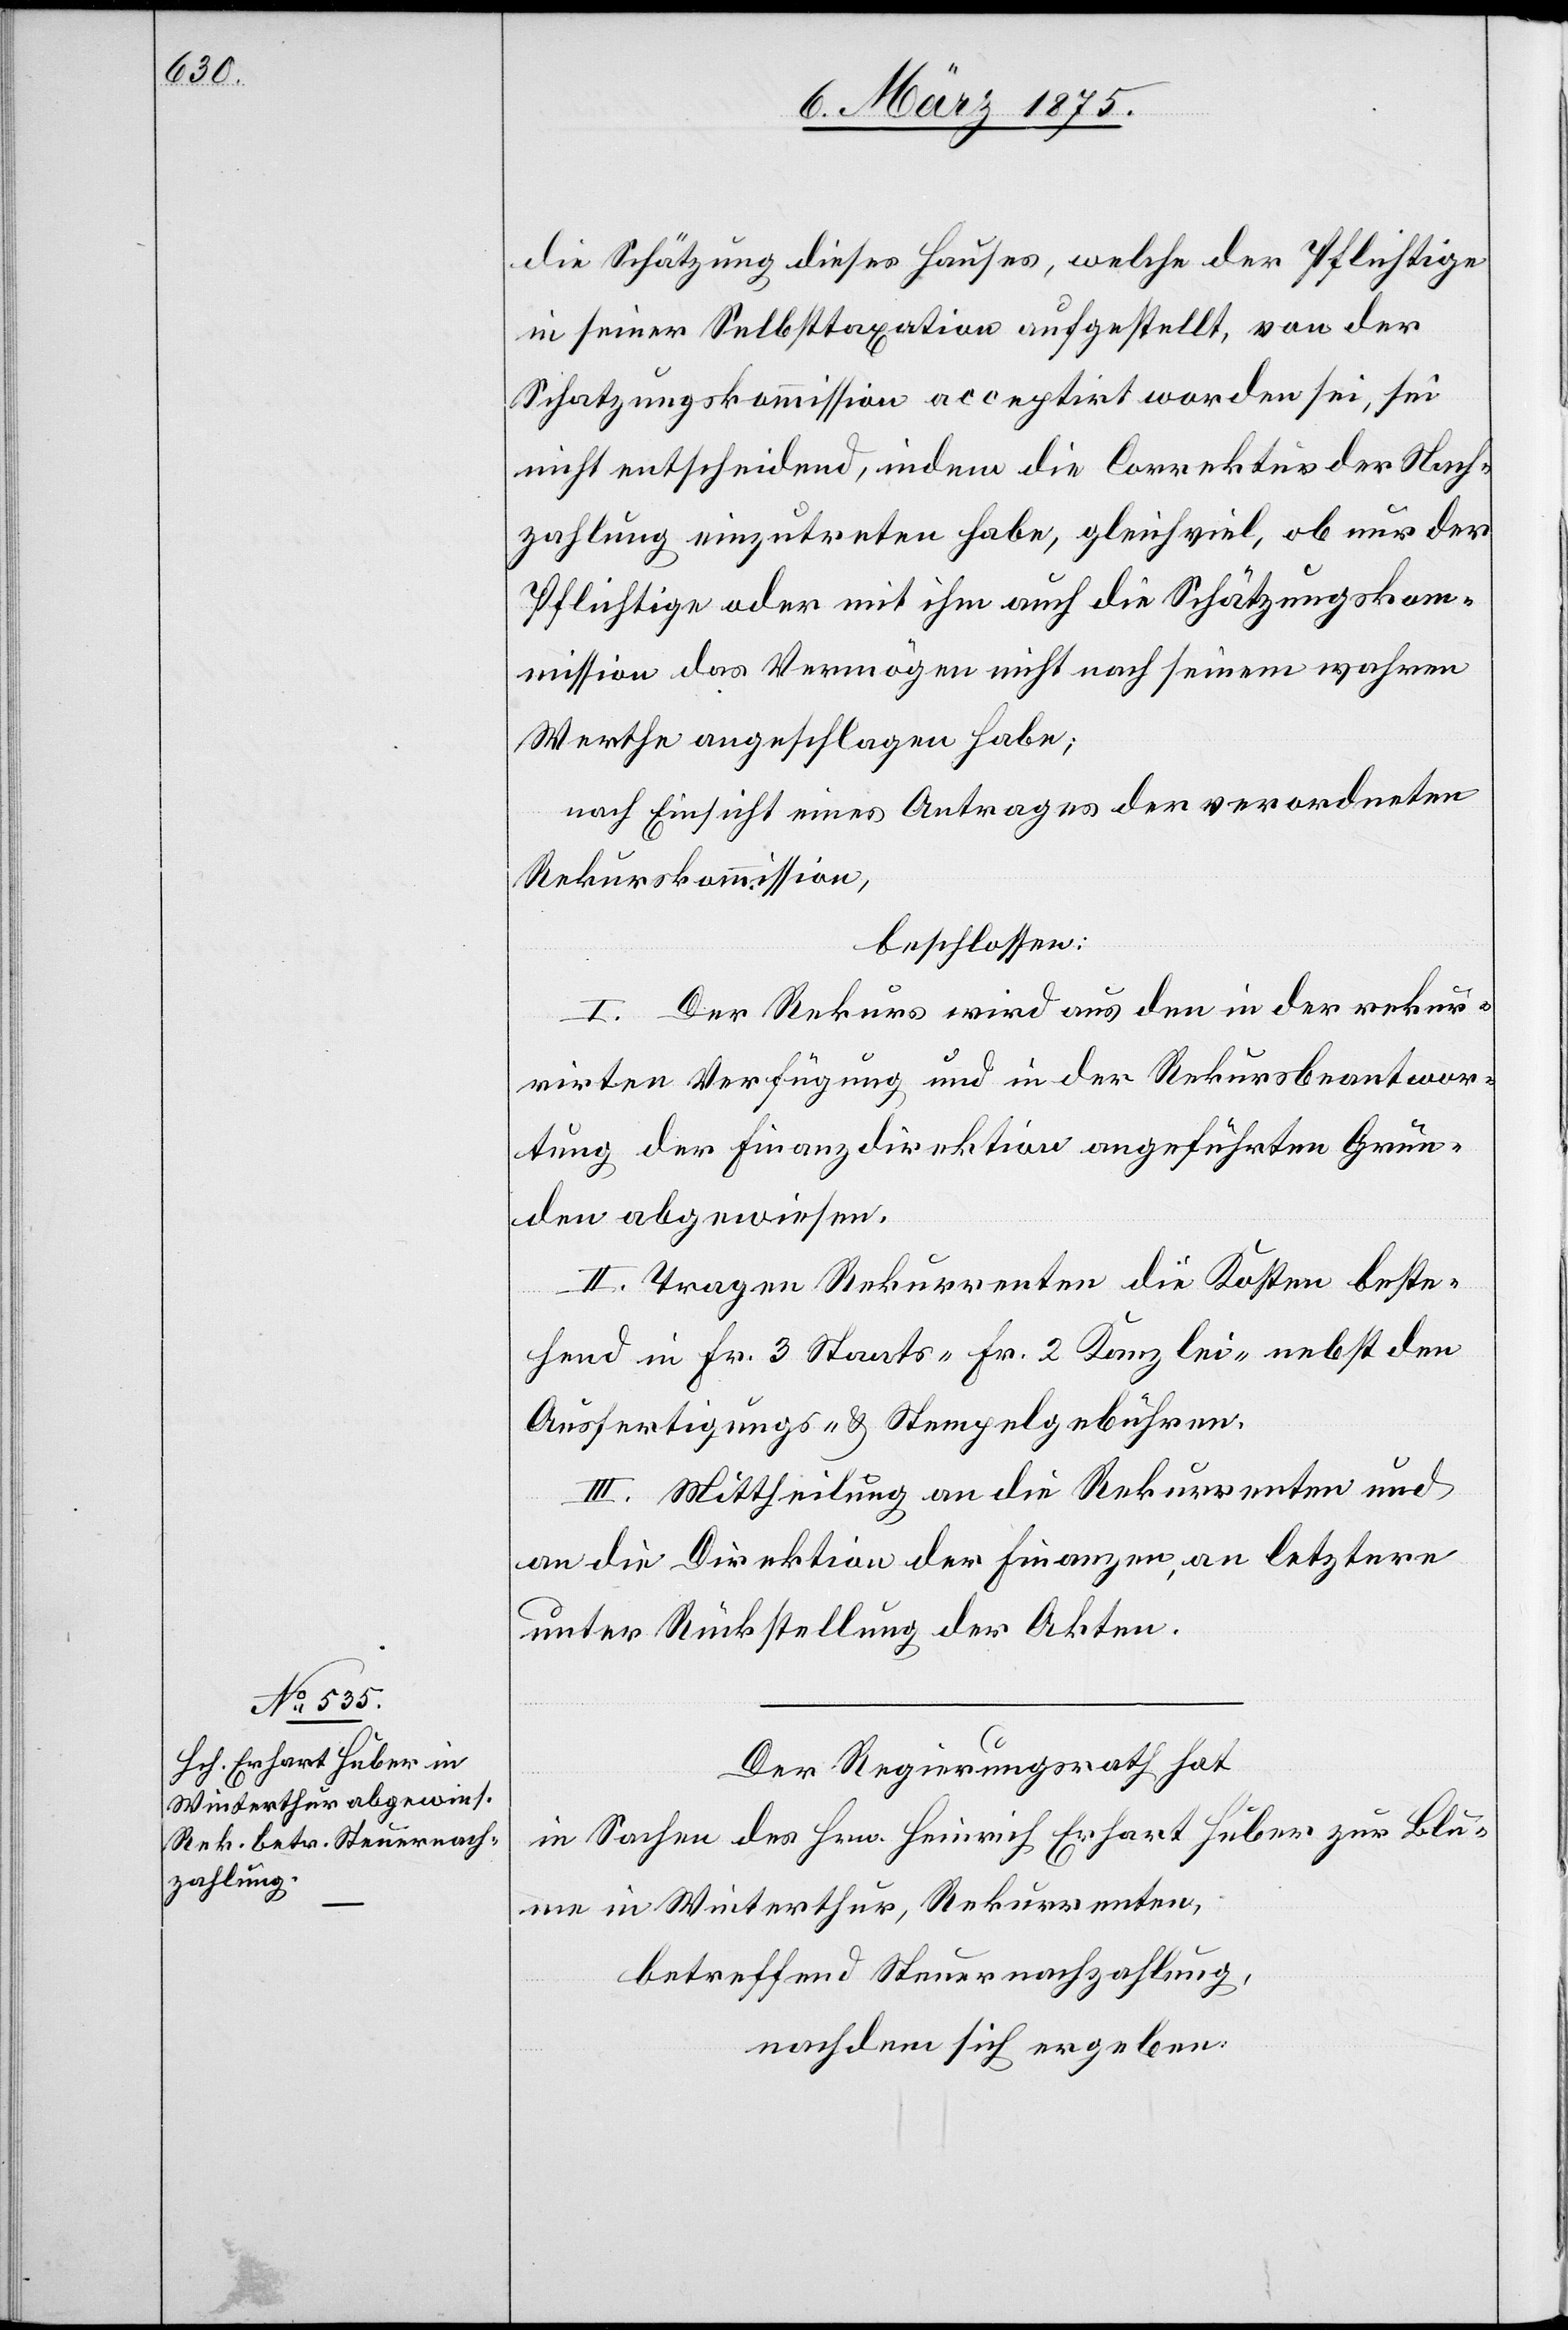
Schätzung dieses Hauses, welche der Pflichtige
in seiner Selbsttaxation aufgestellt, von der
Schatzungskommission acceptirt worden sei, sei
nicht entscheidend, indem die Correktur der Nach¬
zahlung einzutreten habe, gleich viel, ob nur der
Pflichtige oder mit ihm auch die Schätzungskom¬
mission das Vermögen nicht nach seinem wahren
Werthe angeschlagen habe;
nach Einsicht eines Antrages der verordneten
Rekurskommission,
beschlossen:
I. Der Rekurs wird aus den in der rekur¬
rirten Verfügung und in der Rekursbeantwor¬
tung der Finanzdirektion angeführten Grün¬
den abgewiesen.
II. Tragen Rekurrenten die Kosten beste¬
hend in Fr. 3 Staats- Fr. 2 Kanzlei- nebst den
Ausfertigungs- & Stempelgebühren.
III. Mittheilung an die Rekurrenten und
an die Direktion der Finanzen, an letztere
unter Rückstellung der Akten.
Der Regierungsrath hat
in Sachen des Hrn. Heinrich Erhart Huber zur Blu¬
me in Winterthur, Rekurrenten,
betreffend Steuernachzahlung,
nachdem sich ergeben: